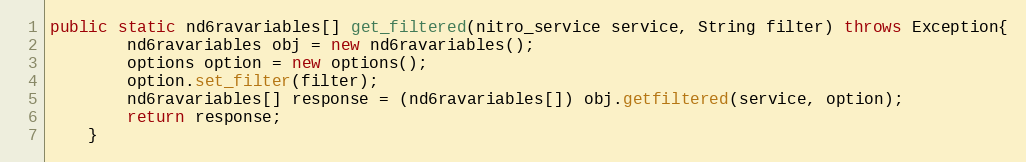
Language: Java
public static nd6ravariables[] get_filtered(nitro_service service, String filter) throws Exception{
		nd6ravariables obj = new nd6ravariables();
		options option = new options();
		option.set_filter(filter);
		nd6ravariables[] response = (nd6ravariables[]) obj.getfiltered(service, option);
		return response;
	}